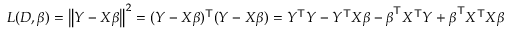
L ( D , { \boldsymbol { \beta } } ) = \left\| Y - X { \boldsymbol { \beta } } \right\| ^ { 2 } = ( Y - X { \boldsymbol { \beta } } ) ^ { \mathsf { T } } ( Y - X { \boldsymbol { \beta } } ) = Y ^ { \mathsf { T } } Y - Y ^ { \mathsf { T } } X { \boldsymbol { \beta } } - { \boldsymbol { \beta } } ^ { \mathsf { T } } X ^ { \mathsf { T } } Y + { \boldsymbol { \beta } } ^ { \mathsf { T } } X ^ { \mathsf { T } } X { \boldsymbol { \beta } }